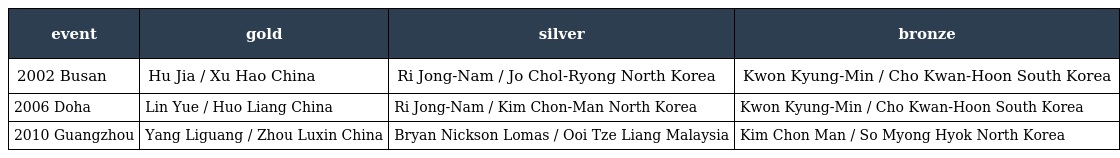
| event | gold | silver | bronze |
 | --- | --- | --- | --- |
 | 2002 Busan | Hu Jia / Xu Hao China | Ri Jong-Nam / Jo Chol-Ryong North Korea | Kwon Kyung-Min / Cho Kwan-Hoon South Korea |
 | 2006 Doha | Lin Yue / Huo Liang China | Ri Jong-Nam / Kim Chon-Man North Korea | Kwon Kyung-Min / Cho Kwan-Hoon South Korea |
 | 2010 Guangzhou | Yang Liguang / Zhou Luxin China | Bryan Nickson Lomas / Ooi Tze Liang Malaysia | Kim Chon Man / So Myong Hyok North Korea |